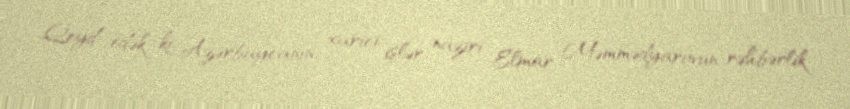
Qeyd edək ki, Azərbaycanın xarici işlər naziri Elmar Məmmədyarovun rəhbərlik